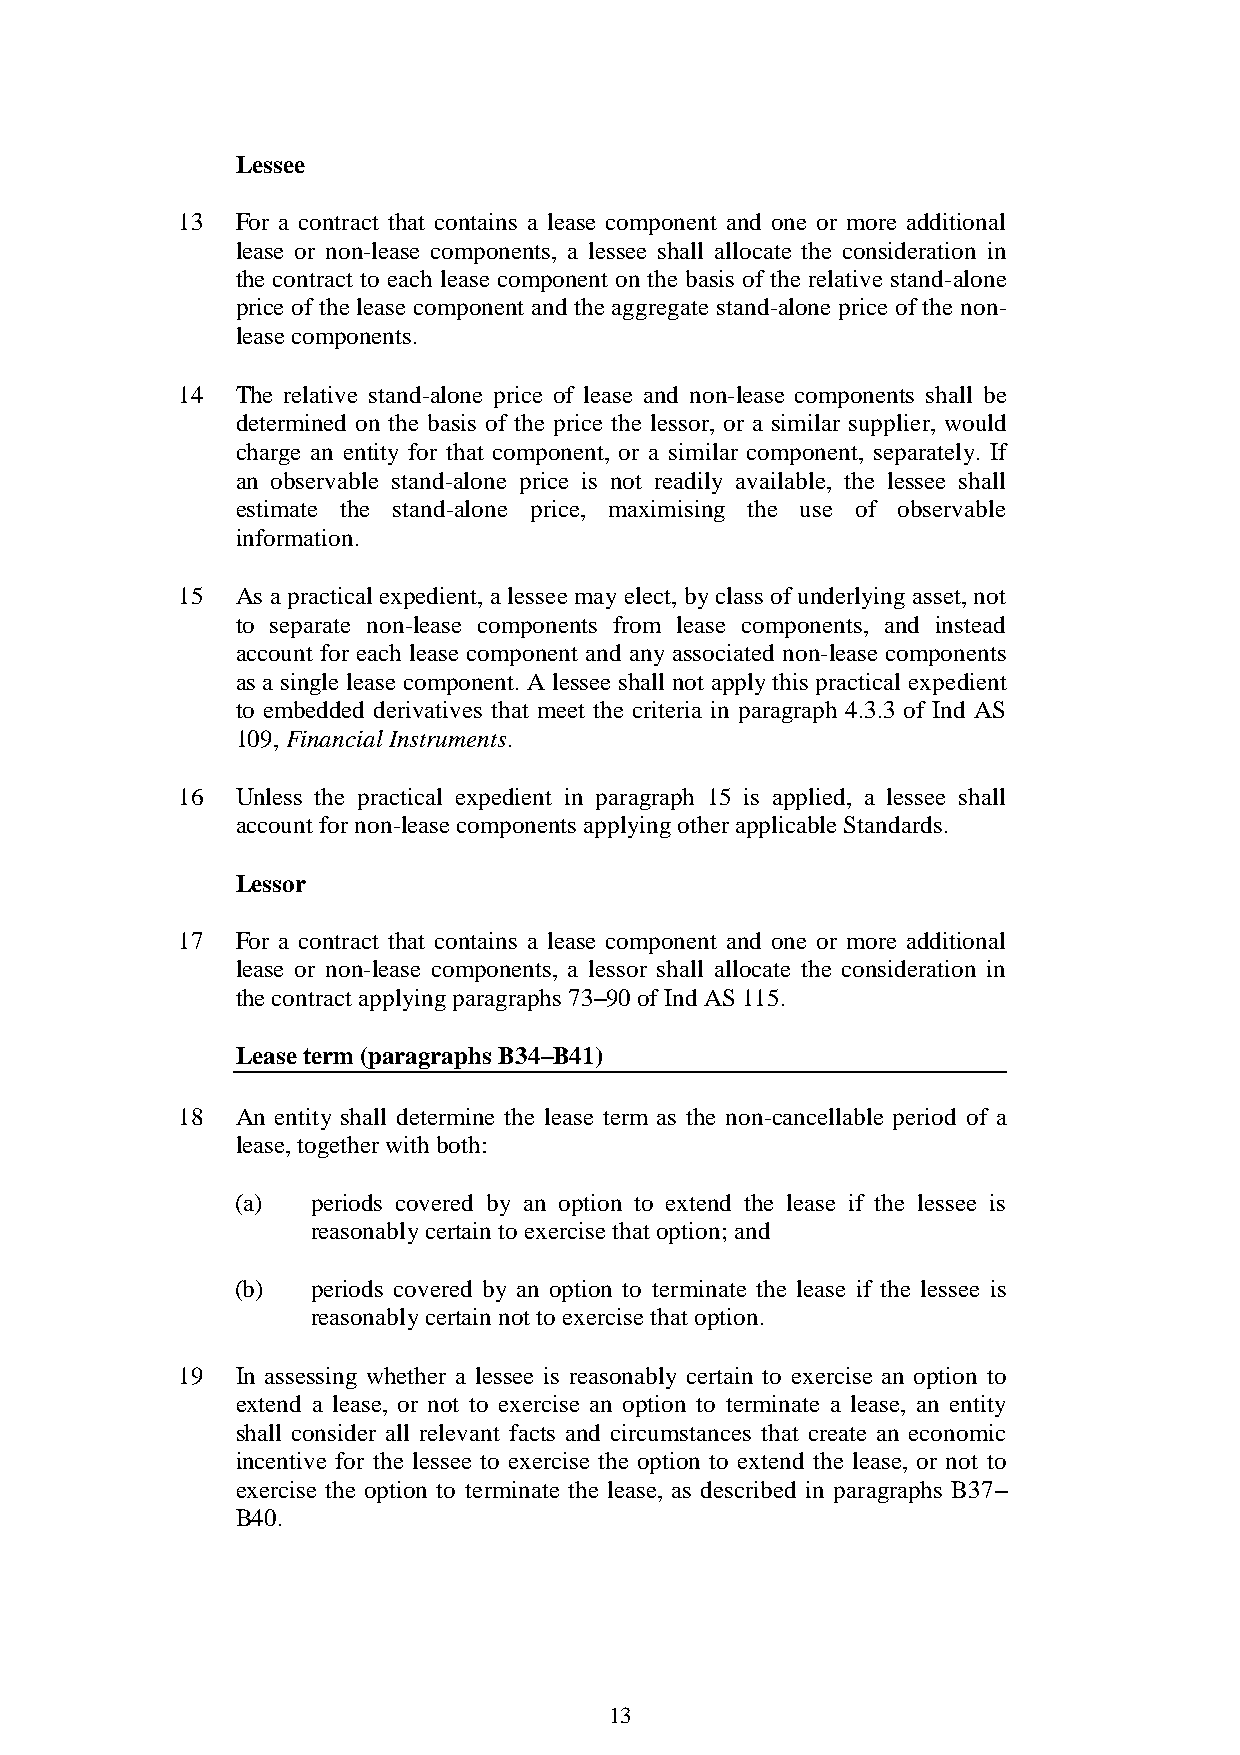
Lessee
 13  For a contract that contains a lease component and one or more additional
 lease or non-lease components, a lessee shall allocate the consideration in
 the contract to each lease component on the basis of the relative stand-alone
 price of the lease component and the aggregate stand-alone price of the non-
 lease components.
 14  The relative stand-alone price of lease and non-lease components shall be
 determined on the basis of the price the lessor, or a similar supplier, would
 charge an entity for that component, or a similar component, separately. If
 an observable stand-alone price is not readily available, the lessee shall
 estimate the stand-alone price, maximising the use of observable
 information.
 15  As a practical expedient, a lessee may elect, by class of underlying asset, not
 to separate non-lease components from lease components, and instead
 account for each lease component and any associated non-lease components
 as a single lease component. A lessee shall not apply this practical expedient
 to embedded derivatives that meet the criteria in paragraph 4.3.3 of Ind AS
 109, Financial Instruments.
 16  Unless the practical expedient in paragraph 15 is applied, a lessee shall
 account for non-lease components applying other applicable Standards.
 Lessor
 17  For a contract that contains a lease component and one or more additional
 lease or non-lease components, a lessor shall allocate the consideration in
 the contract applying paragraphs 73–90 of Ind AS 115.
 Lease term (paragraphs B34–B41)
 18  An entity shall determine the lease term as the non-cancellable period of a
 lease, together with both:
 (a)  periods covered by an option to extend the lease if the lessee is
 reasonably certain to exercise that option; and
 (b)  periods covered by an option to terminate the lease if the lessee is
 reasonably certain not to exercise that option.
 19  In assessing whether a lessee is reasonably certain to exercise an option to
 extend a lease, or not to exercise an option to terminate a lease, an entity
 shall consider all relevant facts and circumstances that create an economic
 incentive for the lessee to exercise the option to extend the lease, or not to
 exercise the option to terminate the lease, as described in paragraphs B37–
 B40.
 13